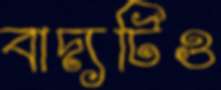
বাদ্যটিও